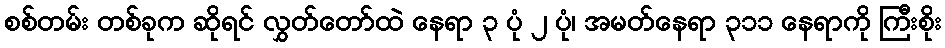
စစ်တမ်း တစ်ခုက ဆိုရင် လွှတ်တော်ထဲ နေရာ ၃ ပုံ ၂ ပုံ၊ အမတ်နေရာ ၃၁၁ နေရာကို ကြီးစိုး